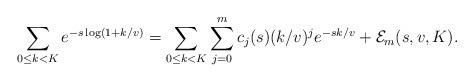
LaTeX: \begin{align*}\sum_{0\le k<K} e^{-s\log(1+k/v)}= \sum_{0\le k <K} \sum_{j=0}^m c_j(s) (k/v)^j e^{-sk/v} + \mathcal{E}_m(s,v,K).\end{align*}